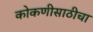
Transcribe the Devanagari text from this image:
कोकणीसाठीचा